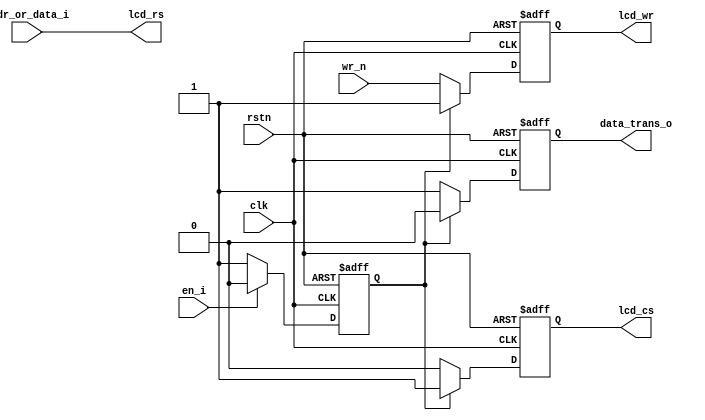
module LCDCtrl(
    input           clk,
    input           rstn,
    input           en_i,
    input           addr_or_data_i,
    input           wr_n,
    output  reg     data_trans_o,
    output  reg     lcd_cs,
    output  reg     lcd_wr,
    output          lcd_rs
);

assign lcd_rs = addr_or_data_i; // rs = 0 -> Command Addr

localparam NULL    = 2'b01;
localparam VALID   = 2'b10;

reg [2:0] state, nxt_state;

always @ (*) begin
    if (state[0]) 
        nxt_state = en_i ? VALID : NULL;
    else
        nxt_state = (~en_i) ? NULL : VALID;
end

always @ (posedge clk or negedge rstn) begin
    if (~rstn) state <= NULL;
    else state <= nxt_state;
end

always @ (posedge clk or negedge rstn) begin
    if (~rstn) begin
        lcd_wr <= 1'b1;
        lcd_cs <= 1'b1;
        data_trans_o <= 1'b0;
    end
    else begin
        if (state[0]) begin
            lcd_wr <= 1'b1;
            lcd_cs <= 1'b1;
            data_trans_o <= 1'b0;
        end
        else begin
            lcd_wr <= wr_n;
            lcd_cs <= 1'b0;
            data_trans_o <= 1'b1;
        end
    end
end

endmodule